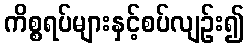
ကိစ္စရပ်များနှင့်စပ်လျဉ်း၍